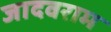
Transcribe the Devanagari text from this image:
जादवराम